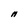
Character: N